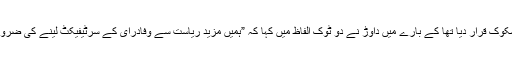
ایک وفاقی وزیر، جس نے ان کی ( داوڑ اور وزیر) ریاست سے وفاداری مشکوک قرار دیا تھا کے بارے میں داوڑ نے دو ٹوک الفاظ میں کہا کہ ”ہمیں مزید ریاست سے وفادرای کے سرٹیفیکٹ لینے کی ضرورت نہیں، بلکہ ریاست خود ہمارے ساتھ اپنی وفاداری کا سرٹیفکیٹ دکھائیں۔